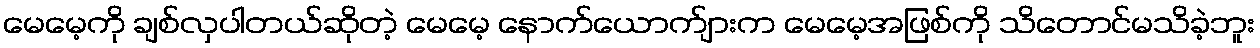
မေမေ့ကို ချစ်လှပါတယ်ဆိုတဲ့ မေမေ့ နောက်ယောက်ျားက မေမေ့အဖြစ်ကို သိတောင်မသိခဲ့ဘူး